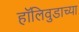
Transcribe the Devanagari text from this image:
हॉलिवुडाच्या